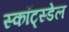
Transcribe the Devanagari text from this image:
स्कॉट्स्डेल